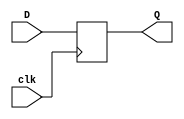
module dflipflop(Q,D,clk);
input [7:0] D;
input clk;

output reg [7:0] Q;

always @(posedge clk)
 Q = D;
endmodule